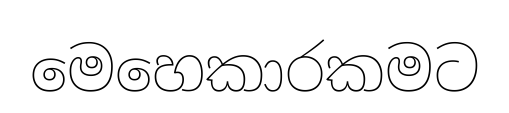
මෙහෙකාරකමට